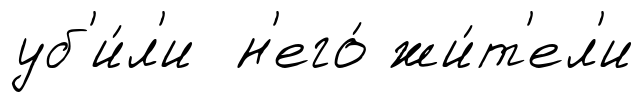
уб'и́л'и н'его́ жи́т'ел'и